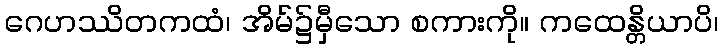
ဂေဟဿိတကထံ၊ အိမ်၌မှီသော စကားကို။ ကထေန္တိယာပိ၊